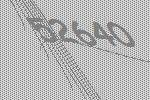
52640